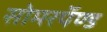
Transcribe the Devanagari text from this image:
सोमरपॅण्ड